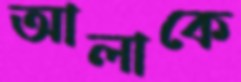
আলাকে